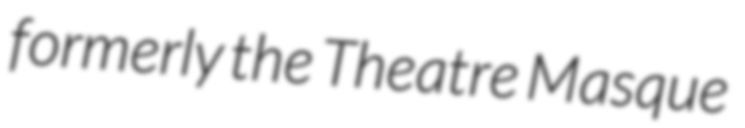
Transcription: formerly the Theatre Masque